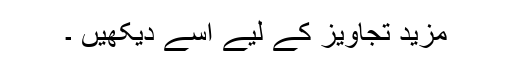
مزید تجاویز کے لیے اسے دیکھیں ۔